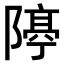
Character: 𨼛